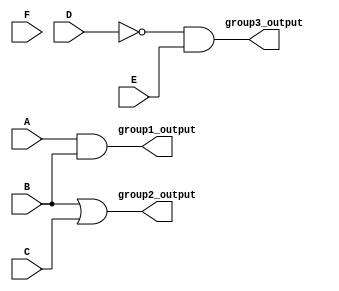
module combinational_logic (
    input wire A,
    input wire B,
    input wire C,
    input wire D,
    input wire E,
    input wire F,
    output wire group1_output,
    output wire group2_output,
    output wire group3_output
);

// Group 1: Output = A AND B
assign group1_output = A & B;

// Group 2: Output = B OR C
assign group2_output = B | C;

// Group 3: Output = NOT D AND E
assign group3_output = ~D & E;

endmodule